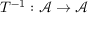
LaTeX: T ^ { - 1 } : { \mathcal { A } } \to { \mathcal { A } }